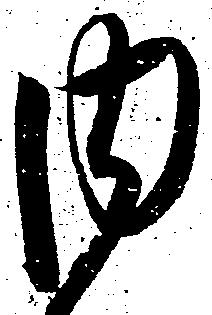
内